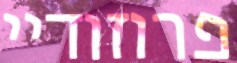
פרוזודיי